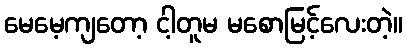
မေမေ့ကျတော့ ငါ့တူမ မစောမြင့်လေးတဲ့။